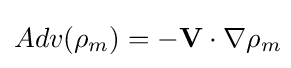
Adv(\rho _{m})=-\mathbf {V} \cdot \nabla \rho _{m}\!